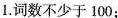
1.词数不少于100；